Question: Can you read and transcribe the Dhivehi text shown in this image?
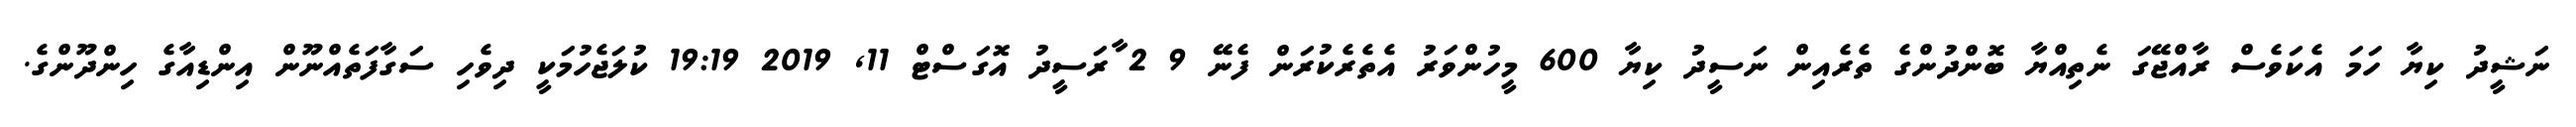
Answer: ނަޝީދު ކިޔާ ހަމަ އެކަވެސް ރާއްޖޭގަ ނެތިއްޔާ ބޮންދުންގެ ތެރެއިން ނަސީދު ކިޔާ 600 މީހުންވަރު އެތެރެކުރަން ފެނޭ 9 2 ާރަސީދު އޮގަސްޓް 11, 2019 19:19 ކުލަޖެހުމަކީ ދިވެހި ސަގާފަތެއްނޫން އިންޑިއާގެ ހިންދޫންގެ.